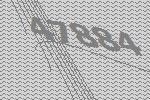
47884